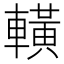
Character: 𨎩